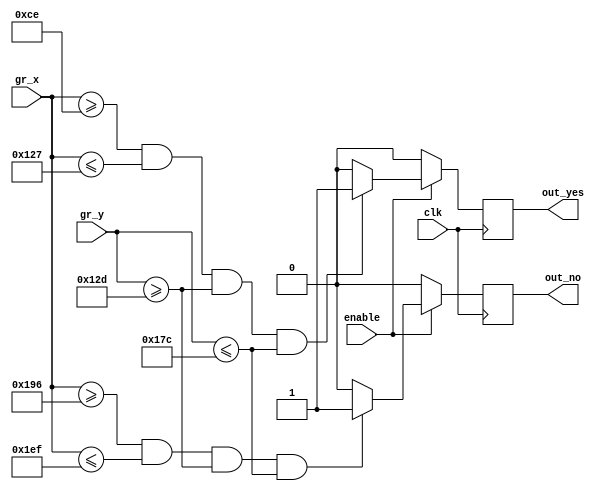
module YES_NO(
	input wire clk,
//	input wire reset,
	
	input wire enable,
	input wire [10:0]gr_x,
	input wire [9:0]gr_y,
	
	output reg out_yes,
	output reg out_no	
	);
	
parameter[10:0] x1 = 11'd206;
parameter[10:0] x2 = 11'd295;
parameter[9:0] y1 = 11'd301;
parameter[9:0] y2 = 11'd380;

parameter[10:0] x3 = 11'd406;
parameter[10:0] x4 = 11'd495;
parameter[9:0] y3 = 11'd301;
parameter[9:0] y4 = 11'd380;


always @ (posedge clk)
	begin
	if (enable == 1)
	begin
		if ((gr_x[10:0]>=x1[10:0])&&(gr_x[10:0]<=x2)&&(gr_y[9:0]>=y1)&&(gr_y[9:0]<=y2))
			begin
				out_yes = 1;
			end
			else
				out_yes = 0;
		if ((gr_x[10:0]>=x3[10:0])&&(gr_x[10:0]<=x4)&&(gr_y[9:0]>=y3)&&(gr_y[9:0]<=y4))
			begin
				out_no = 1;
			end
			else
				out_no = 0;		
	end
	else
	begin
		out_yes = 0;
		out_no = 0;	
	end
	end
endmodule